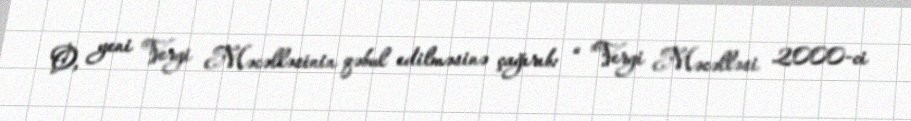
O, yeni Vergi Məcəlləsinin qəbul edilməsinə çağırıb: “ "Vergi Məcəlləsi 2000-ci